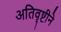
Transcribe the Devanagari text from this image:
अतिवृष्टीने